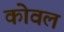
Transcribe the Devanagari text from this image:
कोवल